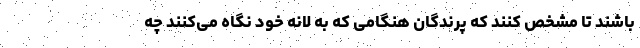
باشند تا مشخص کنند که پرندگان هنگامی که به لانه خود نگاه می‌کنند چه